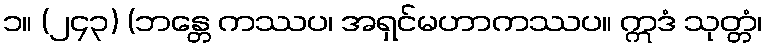
၁။ (၂၄၃) (ဘန္တေ ကဿပ၊ အရှင်မဟာကဿပ။ ဣဒံ သုတ္တံ၊